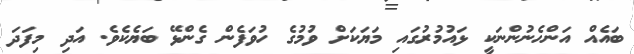
ބައެއް އަންހެނުންނަކީ ޅައުމުރުގައި މަޔަކަށް ވުމުގެ ހުވަފެން ގެންޅޭ ބަޔެކެވެ. އަދި މިފަދަ